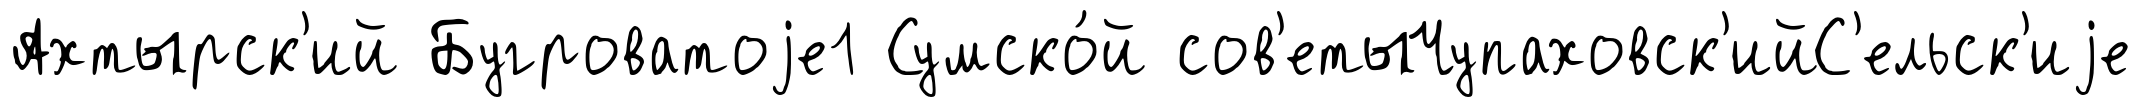
Ахтырск'ий Бугроватоjе1 Сумско́й сов'етыЧупаховск'ийС'ельск'иjе